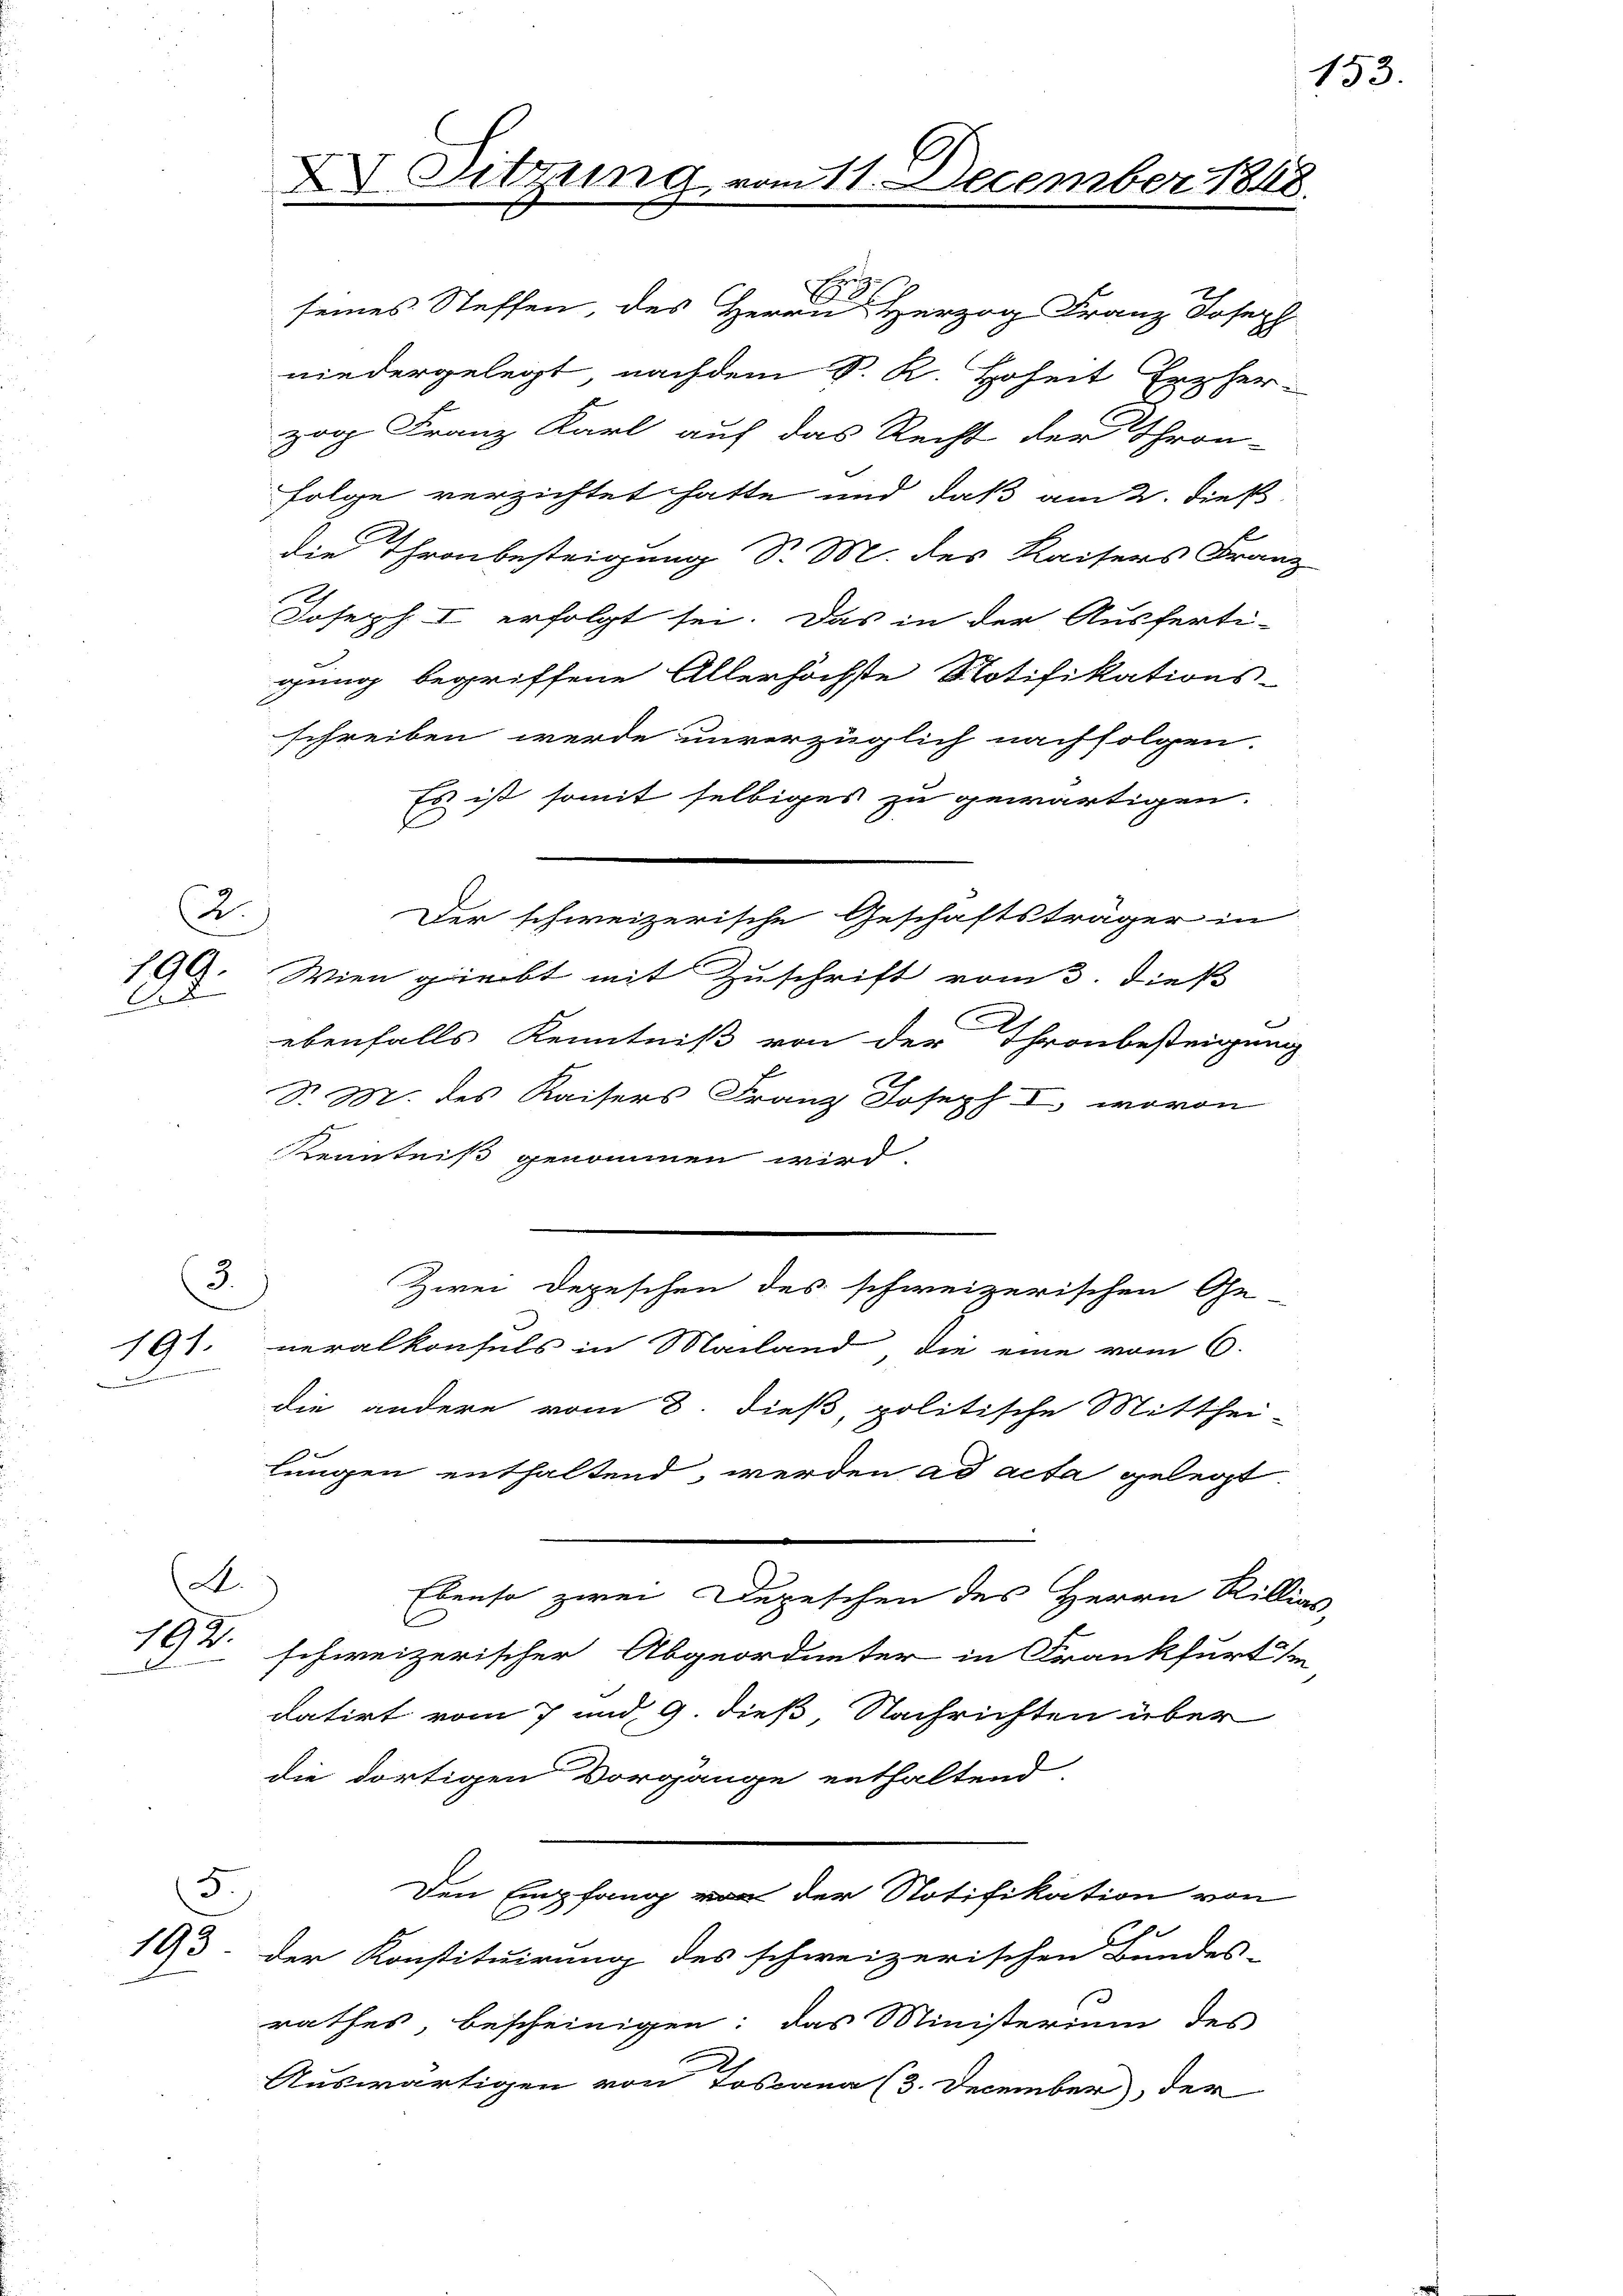
199.
E

3.

191.

2.

192.
D

A.

5
195.

XV Sitzung.

Es ist somit selbiges zu gewärtigen.
Wien giebt mit Zuschrift vom 3. dieß
ebenfalls Kenntniß von der Thronbesteigung
d. M. des Kaisers Franz Joseph I, wovon
Kenntniß genommen wird.
Zwei Depeschen des schweizerischen Ge-
neralkonsuls in Mailand, die eine vom 6.
die andere vom 8. dieß, politische Mitthei-
lungen enthaltend, werden ad acta gelegt.
Ebenso zwei Depeschen des Herrn Rillige
schweizerischer Abgeordneter in Frankfurt im
datirt vom 7 und 9. dieß Nachrichten über
die dortigen Vorgänge enthaltend
Den Empfang von der Notifikation von
C
der Konstituirung des schweizerischen Bundes-
rathes, bescheinigen: das Ministerium des
Auswärtigen von Toscana (3. December der

Füchsich
E
seines Steffen, des Herrn Herzog Franz Joseph
niedergelegt nachdem S. K. Hoheit Erzher-
zog Franz Karl auf das Recht der Thron-
Folge verzichtet hatte und daß am 2. dieß
die Thronbesteigung Sr. M. des Kaisers Franz
Joseph I erfolgt sei. Das in der Ausferti-
gung begriffene Allerhöchste Notifikations-
schreiben werde unverzüglich nachfolgen.

Der schweizerische Geschäftsträger in

g
1.r.

über 1888.

153.